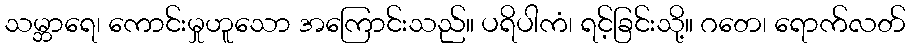
သမ္ဘာရေ၊ ကောင်းမှုဟူသော အကြောင်းသည်။ ပရိပါကံ၊ ရင့်ခြင်းသို့။ ဂတေ၊ ရောက်လတ်